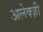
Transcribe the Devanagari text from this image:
अलेक्ज़ी